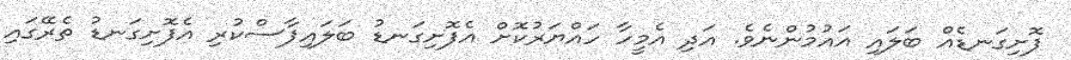
ފޮށިގަނޑެއް ބަލައި އައުމުންނެވެ. އަދި އެމީހާ ހައްޔަރުކޮށް އެފޮށިގަނޑު ބަލައިފާސްކުރި އެފޮށިގަނޑު ތެރޭގައި